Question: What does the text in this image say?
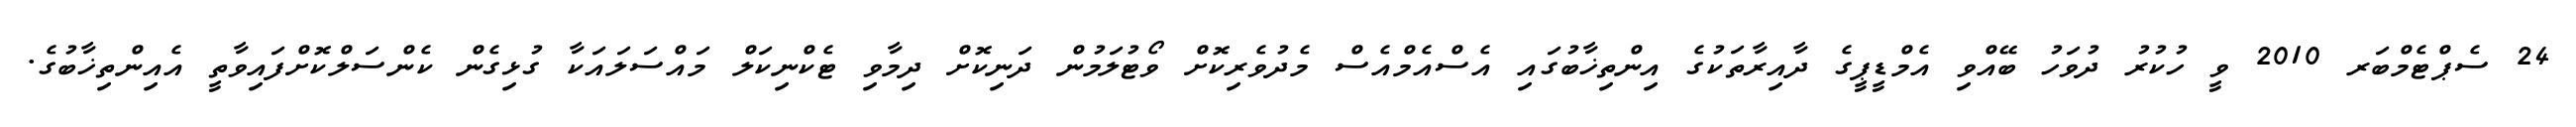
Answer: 24 ސެޕްޓެމްބަރ 2010 ވީ ހުކުރު ދުވަހު ބޭއްވި އެމްޑީޕީގެ ދާއިރާތަކުގެ އިންތިޚާބުގައި އެސްއެމްއެސް މެދުވެރިކޮށް ވޯޓުލަމުން ދަނިކޮށް ދިމާވި ޓެކްނިކަލް މައްސަލައަކާ ގުޅިގެން ކެންސަލްކޮށްފައިވާތީ އެއިންތިޚާބުގެ.